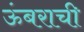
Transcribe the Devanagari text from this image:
ऊंबराची